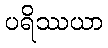
ပရိဿယာ